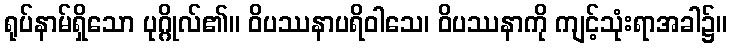
ရုပ်နာမ်ရှိသော ပုဂ္ဂိုလ်၏။ ဝိပဿနာပရိဝါသေ၊ ဝိပဿနာကို ကျင့်သုံးရာအခါ၌။